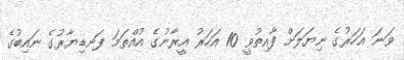
ވަނަ އަހަރުގެ ނިޔަލަށް ފާއިތުވީ 10 އަހަރު އީރާނުގެ އުއްތަމަ ފަނޑިޔާރުގެ ނައިބުގެ